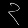
Digit: ၃